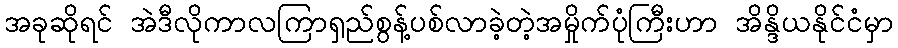
အခုဆိုရင် အဲဒီလိုကာလကြာရှည်စွန့်ပစ်လာခဲ့တဲ့အမှိုက်ပုံကြီးဟာ အိန္ဒိယနိုင်ငံမှာ